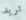
تريد